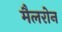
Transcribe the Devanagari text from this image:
मैलरोन